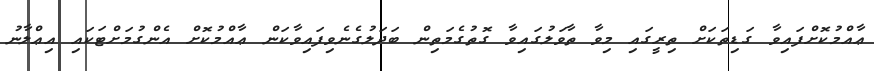
ޢާއްމުކޮށްފައިވާ ގަޑިތަކަށް ތިރީގައި މިވާ ތާވަލުގައިވާ ގޮތުގެމަތިން ބަދަލުގެނެވިފައިވާކަން ޢާއްމުކޮށް އެންގުމަށްޓަކައި އިޢްލާނު